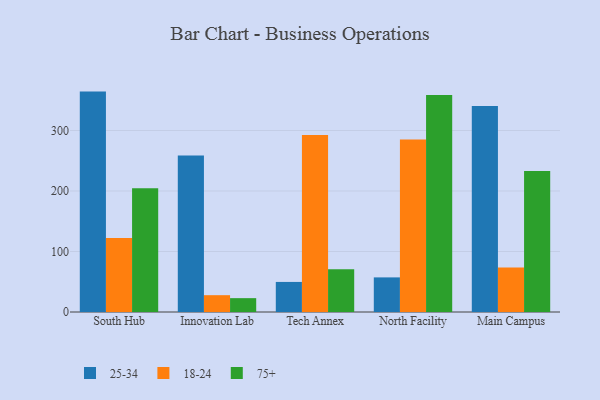
{"axis": {"x": "Campus", "y": "Temperature (°C)"}, "legend": ["18-24", "25-34", "75+"], "data": [{"x": "South Hub", "y": 364.3, "type": "25-34"}, {"x": "South Hub", "y": 122.2, "type": "18-24"}, {"x": "South Hub", "y": 204.7, "type": "75+"}, {"x": "Innovation Lab", "y": 258.5, "type": "25-34"}, {"x": "Innovation Lab", "y": 27.8, "type": "18-24"}, {"x": "Innovation Lab", "y": 22.9, "type": "75+"}, {"x": "Tech Annex", "y": 49.7, "type": "25-34"}, {"x": "Tech Annex", "y": 292.5, "type": "18-24"}, {"x": "Tech Annex", "y": 70.7, "type": "75+"}, {"x": "North Facility", "y": 57.2, "type": "25-34"}, {"x": "North Facility", "y": 285.3, "type": "18-24"}, {"x": "North Facility", "y": 358.5, "type": "75+"}, {"x": "Main Campus", "y": 340.4, "type": "25-34"}, {"x": "Main Campus", "y": 73.6, "type": "18-24"}, {"x": "Main Campus", "y": 232.9, "type": "75+"}]}